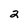
Character: 2